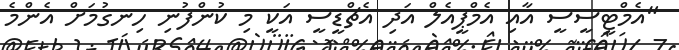
"އެމްޓީސީސީ އާއި އެމްޕީއެލް އަދި އެޗްޑީސީ އަކީ މި ކުންފުނި ހިނގުމަށް އެންމެ